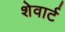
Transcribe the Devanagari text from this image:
शेवार्ट